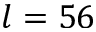
l = 5 6